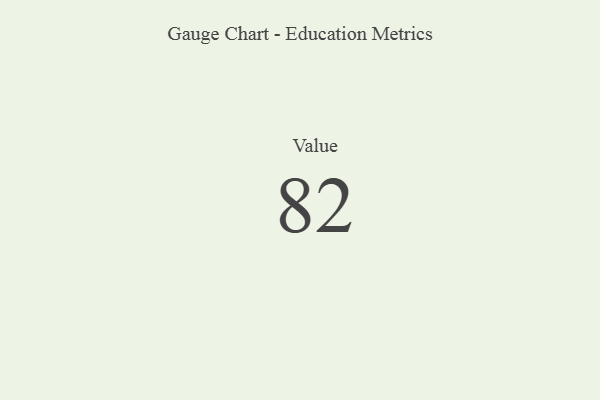
{"axis": {"x": "Metric", "y": "Value"}, "legend": [""], "data": [{"x": "Value", "y": 82, "type": ""}]}